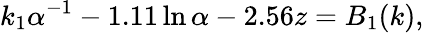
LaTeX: k_{1}\alpha^{-1}-1.11\ln\alpha-2.56z=B_{1}(k),